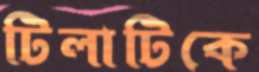
টিলাটিকে